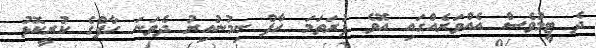
ދެ ޓީމުވެސް އެއްވަރެއްގައި އޮވެ ފުރަތަމަ ހާފް ނިމުނުއިރު ދެވަނަ ހާފްގެ ކުރީކޮޅު